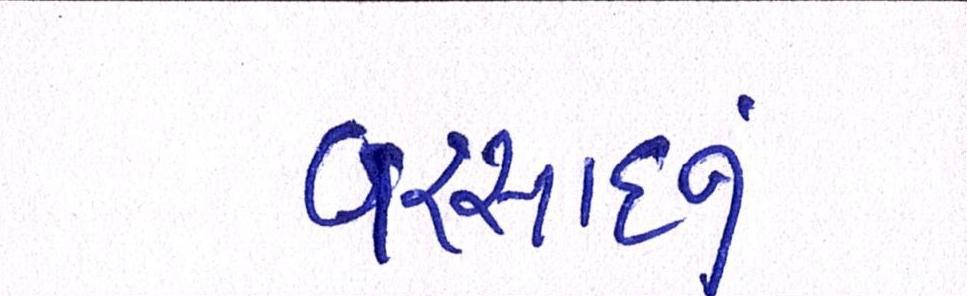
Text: વરસાદનું